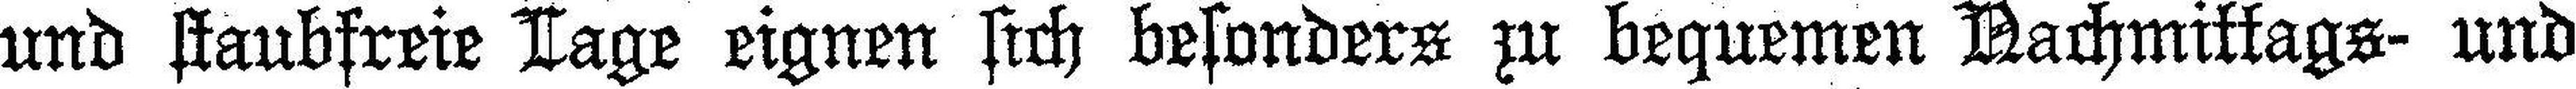
und staubfreie Lage eignen sich besonders zu beguemen Nachmittags- und